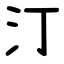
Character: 汀